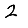
Digit: 2